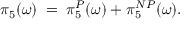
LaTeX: \pi _ { 5 } ( \omega ) \; = \; \pi _ { 5 } ^ { P } ( \omega ) + \pi _ { 5 } ^ { N P } ( \omega ) .